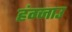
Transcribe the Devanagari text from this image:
हंग्जाउ